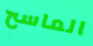
الماسح